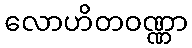
လောဟိတဝဏ္ဏာ